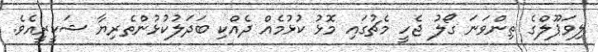
ލިވަޕޫލްގެ ތިންވަނަ ގޯލު ޖެހީ މެޗުގައި މޮޅު ކުޅުމެއް ދެއްކި ބަދަލުކުޅުންތެރިޔާ ޝަކީރީއެވެ.